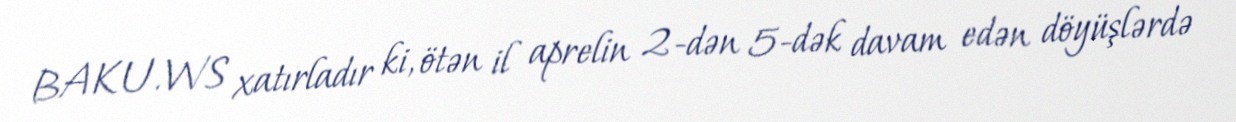
BAKU.WS xatırladır ki, ötən il aprelin 2-dən 5-dək davam edən döyüşlərdə